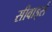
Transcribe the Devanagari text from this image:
सीवार्ड्स